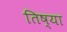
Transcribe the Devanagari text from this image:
तिष्या